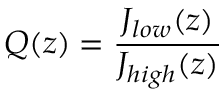
Q ( z ) = \frac { J _ { l o w } ( z ) } { J _ { h i g h } ( z ) }